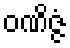
ဝဏိဇ္ဇံ